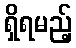
ရှိရမည့်